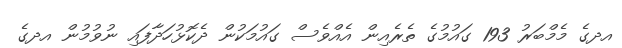
އދގެ މެމްބަރު 193 ގައުމުގެ ތެރެއިން އެއްވެސް ގައުމަކުން ދެކޮޅުހަދާފައި ނުވުމުން އދގެ